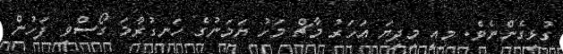
ގުޅިގެންނެވެ. މިއީ މިދިޔަ އަހަރު މާޗް މަހު ޔަމަނުގެ ހަނގުރާމަ ގޯސްވި ފަހުން